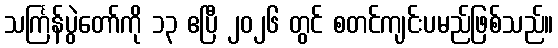
သင်္ကြန်ပွဲတော်ကို ၁၃ ဧပြီ ၂၀၂၆ တွင် စတင်ကျင်းပမည်ဖြစ်သည်။